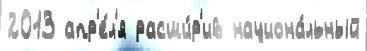
2013 апр'е́л'я расши́р'ив национа́льный